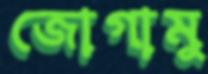
জোগামু